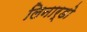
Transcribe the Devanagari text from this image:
लिनार्डो